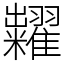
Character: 糶